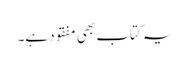
یہ کتاب بھی مفقود ہے۔